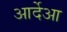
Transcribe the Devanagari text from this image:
आर्देआ